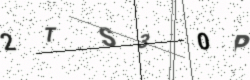
Text: 2TS30P